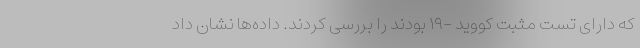
که دارای تست مثبت کووید -۱۹ بودند را بررسی کردند. داده‌ها نشان داد